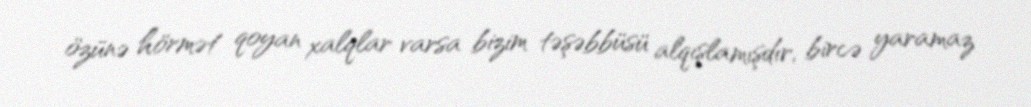
özünə hörmət qoyan xalqlar varsa bizim təşəbbüsü alqışlamışdır, bircə yaramaz